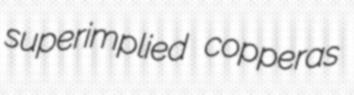
superimplied copperas